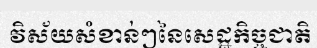
វិស័យសំខាន់ៗនៃសេដ្ឋកិច្ចជាតិ